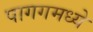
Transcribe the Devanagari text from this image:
पागगमध्ये